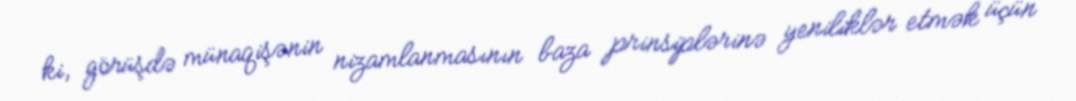
ki, görüşdə münaqişənin nizamlanmasının baza prinsiplərinə yeniliklər etmək üçün